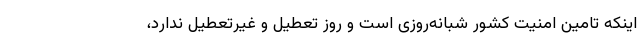
اینکه تامین امنیت کشور شبانه‌روزی است و روز تعطیل و غیرتعطیل ندارد،